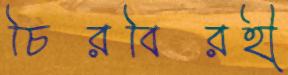
চিরবিরহী